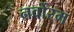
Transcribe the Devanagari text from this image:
नर्वोरम